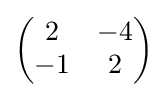
{\begin{pmatrix}2&-4\\-1&2\end{pmatrix}}